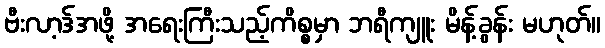
ဗီးလာ့ဒ်အဖို့ အရေးကြီးသည့်ကိစ္စမှာ ဘရီကျူး မိန့်ခွန်း မဟုတ်။